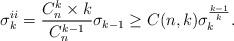
LaTeX: \begin{align*}\sigma_{k}^{ii}=\frac{C_n^k\times k}{C_n^{k-1}}\sigma_{k-1}\ge C(n,k)\sigma_{k}^{\frac{k-1}{k}}. \end{align*}